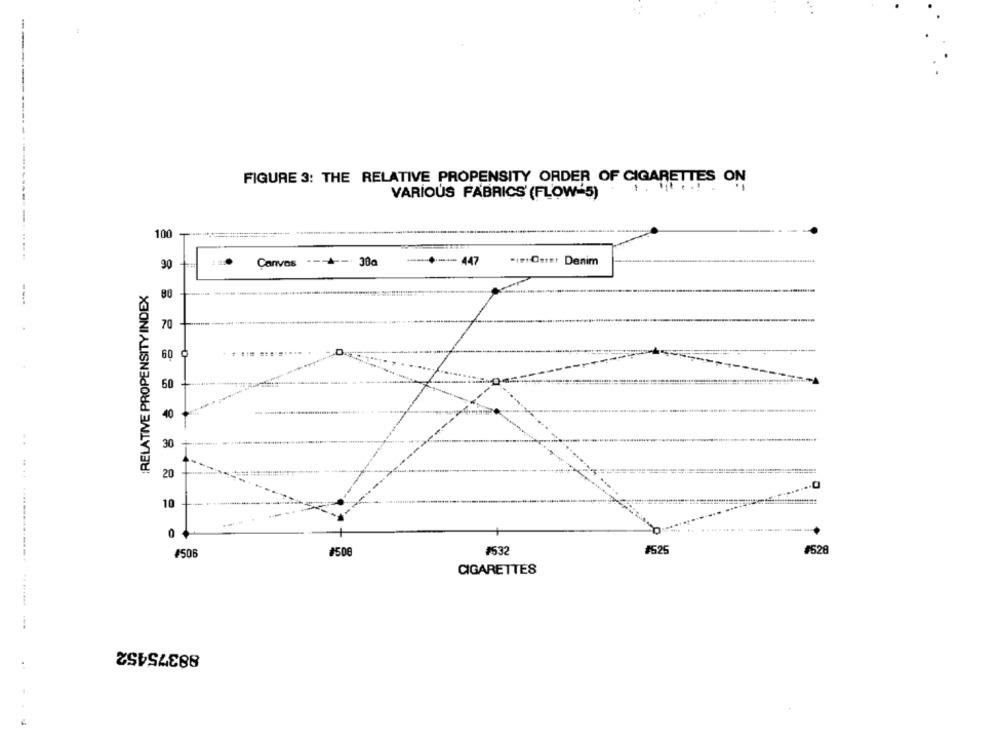
FIGURE 3: THE RELATIVE PROPENSITY ORDER OF CIGARETTES ON
VARIOUS FABRICS (FLOW-5)
100 -*******=============
90
Canvas
--- +- 38a
--... + ----- 447
-ınıOstet Denim
RELATIVE PROPENSITY INDEX
80
70
60 ¢
50
40
..
30
20
10
0
#525
528
#506
#500
#532
CIGARETTES
88375452